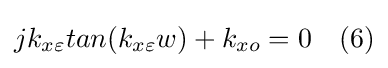
jk_{x\varepsilon }tan(k_{x\varepsilon }w)+k_{xo}=0\ \ \ (6)